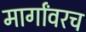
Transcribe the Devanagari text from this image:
मार्गांवरच